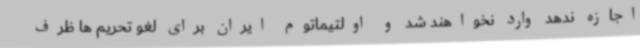
اجازه ندهد وارد نخواهند شد و اولتیماتوم ایران برای لغو تحریم ها ظرف